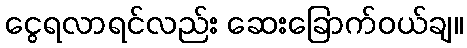
ငွေရလာရင်လည်း ဆေးခြောက်ဝယ်ချ။